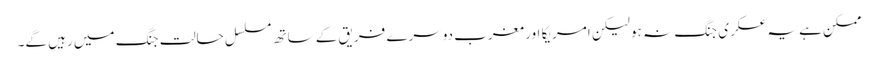
ممکن ہے یہ عسکری جنگ نہ ہو لیکن امریکا اور مغرب دوسرے فریق کے ساتھ مسلسل حالت جنگ میں رہیں گے۔